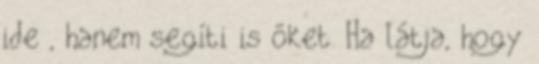
ide , hanem segíti is őket. Ha látja, hogy